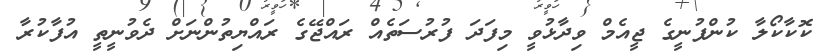
ކޮކާކޯލާ ކުންފުނީގެ ޖީއެމް ވިދާޅުވީ މިފަދަ ފުރުސަތެއް ރައްޖޭގެ ރައްޔިތުންނަށް ދެވުނީތީ އުފާކުރާ